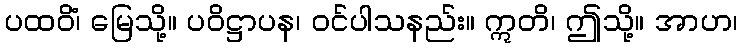
ပထဝိံ၊ မြေသို့။ ပဝိဋ္ဌာပန၊ ဝင်ပါသနည်း။ ဣတိ၊ ဤသို့။ အာဟ၊